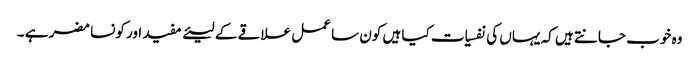
وہ خوب جانتے ہیں کہ یہاں کی نفسیات کیا ہیں کون سا عمل علاقے کے لیئے مفید اور کونسا مضر ہے ۔